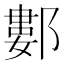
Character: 䣚